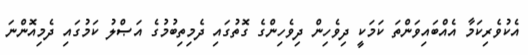
އެކުވެރިކަމާ އެއްބައިވަންތަ ކަމަކީ ދިވެހިން ދިވެހިންގެ ގޮތުގައި ދެމިތިބުމުގެ އަޞްލު ކަމުގައި ދެމިއޮންނަ